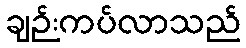
ချဉ်းကပ်လာသည်